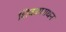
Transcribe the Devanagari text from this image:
शिवआराधन